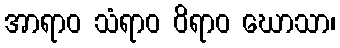
အာရာဝ သံရာဝ ဝိရာဝ ဃောသာ၊